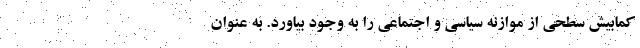
کمابیش سطحی از موازنه سیاسی و اجتماعی را به وجود بیاورد. به عنوان